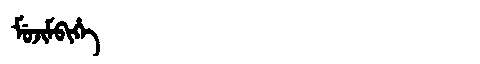
Manchu: ᠮᡠᠵᡳᠮᠪᡳᡥᡝ
Romanization: MUJIMBIHE